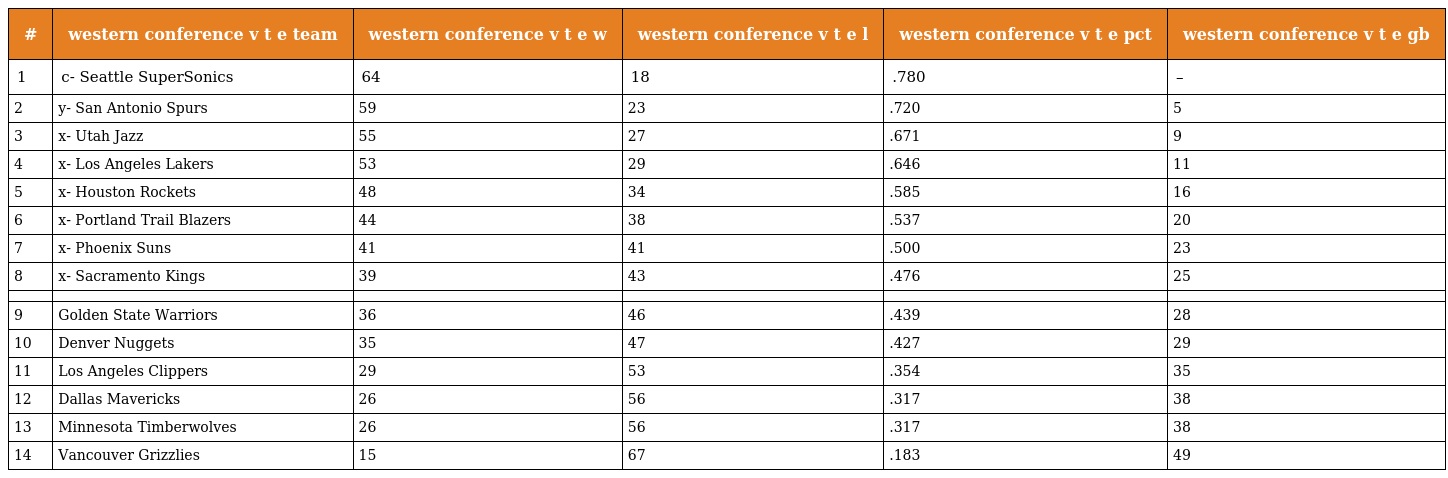
| # | western conference v t e team | western conference v t e w | western conference v t e l | western conference v t e pct | western conference v t e gb |
 | --- | --- | --- | --- | --- | --- |
 | 1 | c- Seattle SuperSonics | 64 | 18 | .780 | – |
 | 2 | y- San Antonio Spurs | 59 | 23 | .720 | 5 |
 | 3 | x- Utah Jazz | 55 | 27 | .671 | 9 |
 | 4 | x- Los Angeles Lakers | 53 | 29 | .646 | 11 |
 | 5 | x- Houston Rockets | 48 | 34 | .585 | 16 |
 | 6 | x- Portland Trail Blazers | 44 | 38 | .537 | 20 |
 | 7 | x- Phoenix Suns | 41 | 41 | .500 | 23 |
 | 8 | x- Sacramento Kings | 39 | 43 | .476 | 25 |
 |  |  |  |  |  |  |
 | 9 | Golden State Warriors | 36 | 46 | .439 | 28 |
 | 10 | Denver Nuggets | 35 | 47 | .427 | 29 |
 | 11 | Los Angeles Clippers | 29 | 53 | .354 | 35 |
 | 12 | Dallas Mavericks | 26 | 56 | .317 | 38 |
 | 13 | Minnesota Timberwolves | 26 | 56 | .317 | 38 |
 | 14 | Vancouver Grizzlies | 15 | 67 | .183 | 49 |